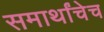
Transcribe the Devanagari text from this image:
समार्थांचेच